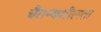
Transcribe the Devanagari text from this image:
चैतन्यशीलता